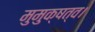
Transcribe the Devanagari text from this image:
मुमुक्षत्व।